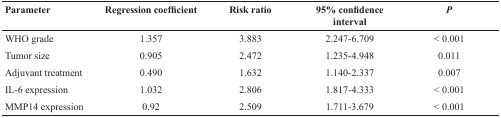
<table><thead><tr><td><b>Parameter</b></td><td><b>Regression coefficient</b></td><td><b>Risk ratio</b></td><td><b>95% confidence interval</b></td><td><b><i>P</i></b></td></tr></thead><tbody><tr><td>WHO grade</td><td>1.357</td><td>3.883</td><td>2.247-6.709</td><td>&lt; 0.001</td></tr><tr><td>Tumor size</td><td>0.905</td><td>2.472</td><td>1.235-4.948</td><td>0.011</td></tr><tr><td>Adjuvant treatment</td><td>0.490</td><td>1.632</td><td>1.140-2.337</td><td>0.007</td></tr><tr><td>IL-6 expression</td><td>1.032</td><td>2.806</td><td>1.817-4.333</td><td>&lt; 0.001</td></tr><tr><td>MMP14 expression</td><td>0.92</td><td>2.509</td><td>1.711-3.679</td><td>&lt; 0.001</td></tr></tbody></table>